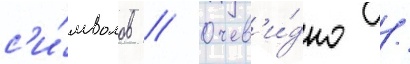
с'и́мволов // Очев'и́дно /